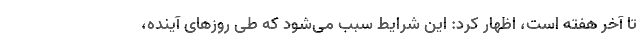
تا آخر هفته است، اظهار کرد: این شرایط سبب می‌شود که طی روزهای آینده،